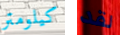
كيلومتر لقد